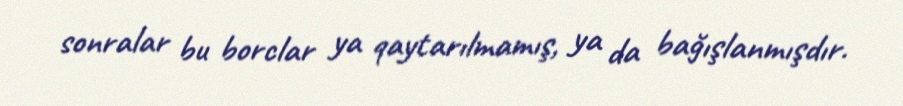
sonralar bu borclar ya qaytarılmamış, ya da bağışlanmışdır.